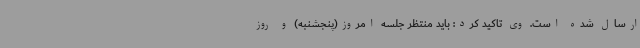
ارسال شده است. وی تاکید کرد: باید منتظر جلسه امروز(پنجشنبه) و روز